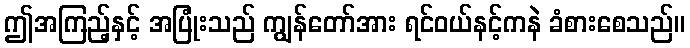
ဤအကြည့်နှင့် အပြုံးသည် ကျွန်တော်အား ရင်ဝယ်နင့်ကနဲ ခံစားစေသည်။